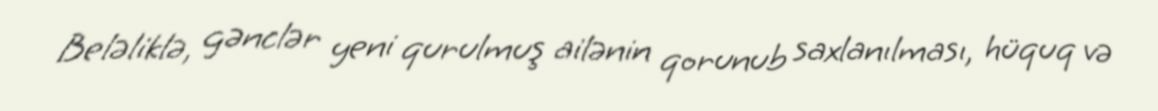
Beləliklə, gənclər yeni qurulmuş ailənin qorunub saxlanılması, hüquq və